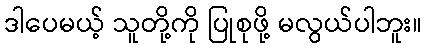
ဒါပေမယ့် သူတို့ကို ပြုစုဖို့ မလွယ်ပါဘူး။